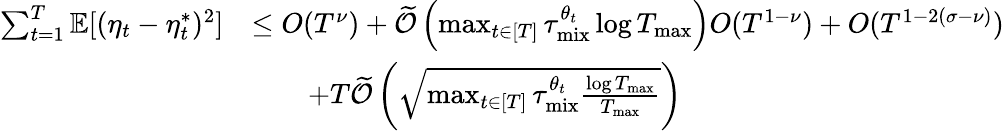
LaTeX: \begin{array}{rl}{\sum_{t=1}^{T}\mathbb{E}[(\eta_{t}-\eta_{t}^{*})^{2}]}&{\leq O(T^{\nu})+\widetilde{\mathcal{O}}\left(\operatorname*{max}_{t\in[T]}\tau_{\mathrm{mix}}^{\theta_{t}}\log T_{\operatorname*{max}}\right)O(T^{1-\nu})+O(T^{1-2(\sigma-\nu)})}\\ &{\qquad+T\widetilde{\mathcal{O}}\left(\sqrt{\operatorname*{max}_{t\in[T]}\tau_{\mathrm{mix}}^{\theta_{t}}\frac{\log T_{\operatorname*{max}}}{T_{\operatorname*{max}}}}\right)}\end{array}